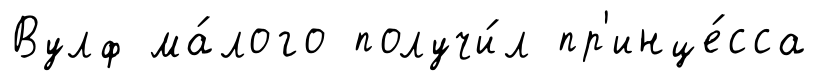
Вулф ма́лого получи́л пр'инце́сса